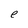
Character: e